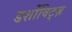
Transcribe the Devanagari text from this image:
डर्शोविट्ज़